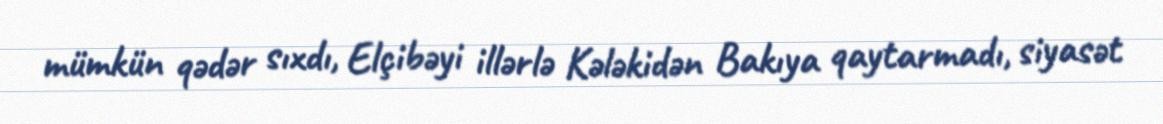
mümkün qədər sıxdı, Elçibəyi illərlə Kələkidən Bakıya qaytarmadı, siyasət